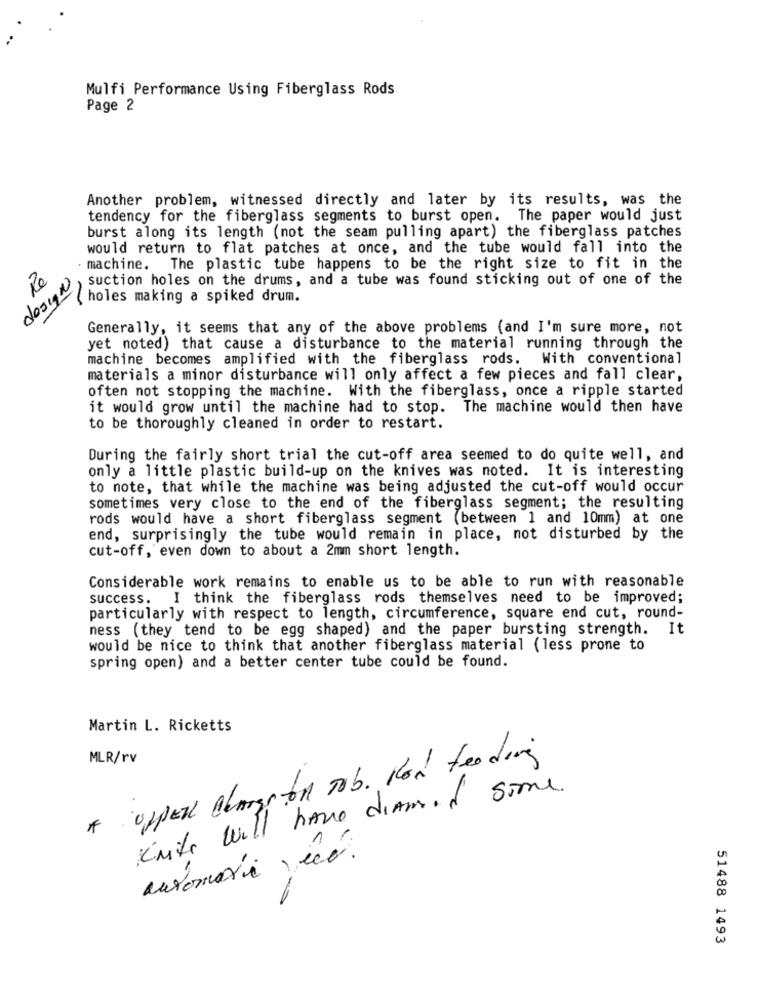
Mulfi Performance Using Fiberglass Rods
Page 2
Another problem, witnessed directly and later by its results, was the
tendency for the fiberglass segments to burst open. The paper would just
burst along its length (not the seam pulling apart) the fiberglass patches
would return to flat patches at once, and the tube would fall into the
machine. The plastic tube happens to be the right size to fit in the
design,
suction holes on the drums, and a tube was found sticking out of one of the
holes making a spiked drum.
Generally, it seems that any of the above problems (and I'm sure more, not
yet noted) that cause a disturbance to the material running through the
machine becomes amplified with the fiberglass rods. With conventional
materials a minor disturbance will only affect a few pieces and fall clear,
often not stopping the machine. With the fiberglass, once a ripple started
it would grow until the machine had to stop.
The machine would then have
to be thoroughly cleaned in order to restart.
During the fairly short trial the cut-off area seemed to do quite well, and
only a little plastic build-up on the knives was noted. It is interesting
to note, that while the machine was being adjusted the cut-off would occur
sometimes very close to the end of the fiberglass segment; the resulting
rods would have a short fiberglass segment (between 1 and 10mm) at one
end, surprisingly the tube would remain in place, not disturbed by the
cut-off, even down to about a 2mm short length.
Considerable work remains to enable us to be able to run with reasonable
success.
I think the fiberglass rods themselves need to be improved;
particularly with respect to length, circumference, square end cut, round-
ness (they tend to be egg shaped) and the paper bursting strength. It
would be nice to think that another fiberglass material (less prone to
spring open) and a better center tube could be found.
Martin L. Ricketts
MLR/rv
uppER AlArsson Tob. Kon feeding
Knite will have diAmid some.
automati, éco.
51488 1493